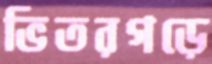
ভিতরগড়ে